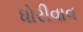
ધોરીવાવ